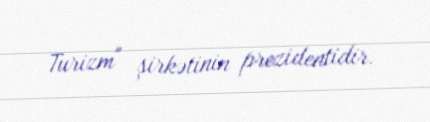
Turizm" şirkətinin prezidentidir.